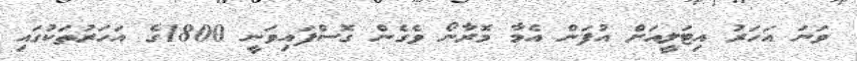
ވަނަ އަހަރު އިޓަލީއަށް އުފަން އެމާ މޮރާނޯ ވެގެން ގޮސްފައިވަނީ 1800ގެ އަހަރުތަކުގައި